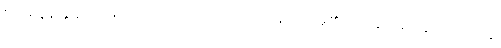
စုလစ်မွန်းချွန်တပ်သော ကျောင်း၌။ ဝိဟရတိ၊ နေတော်မူ၏။ တေန ခေါ ပန သမယေန၊